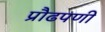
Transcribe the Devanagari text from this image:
प्रौढपणी